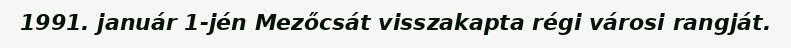
1991. január 1-jén Mezőcsát visszakapta régi városi rangját.